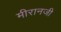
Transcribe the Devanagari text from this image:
मीरानजी